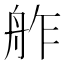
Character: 舴